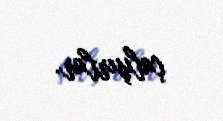
çalışırlar.